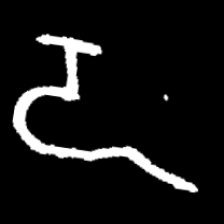
Pyu character \u2014 Myanmar letter: ဍ (romanized: dda)